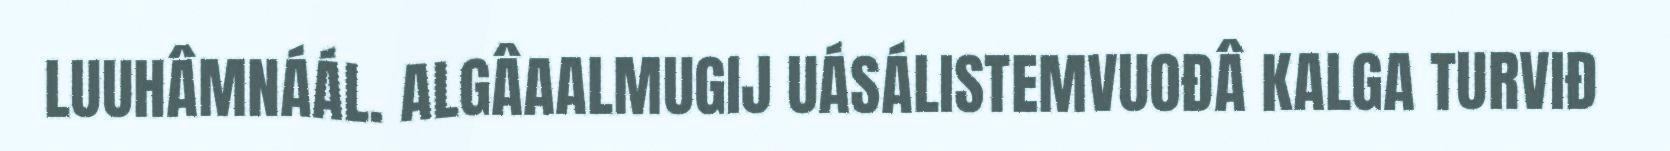
LUUHÂMNÁÁL. ALGÂAALMUGIJ UÁSÁLISTEMVUOĐÂ KALGA TURVIĐ